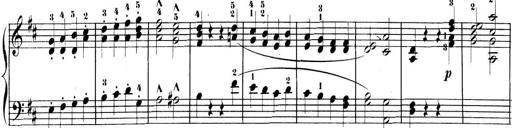
Title: 3 Sonatinen, Op.8
Composer: Isidor Wilhelm Seiss